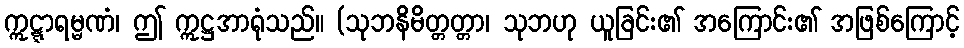
ဣဋ္ဋာရမ္မဏံ၊ ဤ ဣဋ္ဌအာရုံသည်။ (သုဘနိမိတ္တတ္တာ၊ သုဘဟု ယူခြင်း၏ အကြောင်း၏ အဖြစ်ကြောင့်